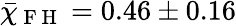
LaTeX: \bar{\chi}_{\mathrm{~F~H~}}=0.46\pm 0.16